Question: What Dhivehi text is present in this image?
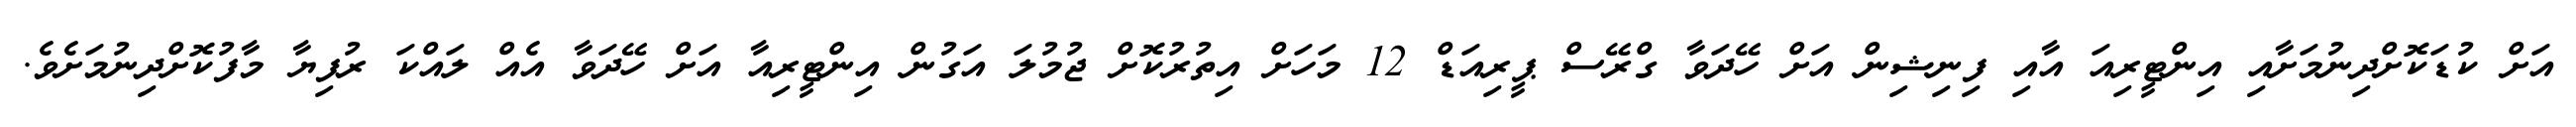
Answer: އަށް ކުޑަކޮށްދިނުމަށާއި އިންޓީރިއަ އާއި ފިނިޝިން އަށް ހޭދަވާ ގްރޭސް ޕީރިއަޑް 12 މަހަށް އިތުރުކޮށް ޖުމުލަ އަގުން އިންޓީރިއާ އަށް ހޭދަވާ އެއް ލައްކަ ރުފިޔާ މާފުކޮށްދިނުމަށެވެ.